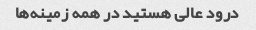
درود عالی هستید در همه زمینه‌ها